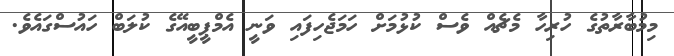
މިމުބާރާތުގެ ހުރިހާ މެޗެއް ވެސް ކުޅުމަށް ހަމަޖެހިފައި ވަނީ އެމްޕީބީއޭގެ ކުލަބް ހައުސްގައެވެ.